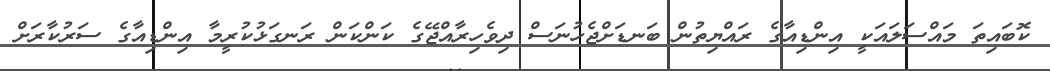
ކޮބައިތަ މައްސަލައަކީ އިންޑިއާގެ ރައްޔިތުން ބަނޑަށްޖެހުނަސް ދިވެހިރާއްޖޭގެ ކަންކަން ރަނގަޅުކުރީމާ އިންޑިއާގެ ސަރުކާރަށް